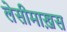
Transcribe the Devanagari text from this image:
लेसीमाख़स